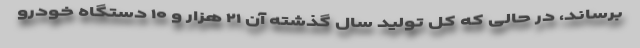
برساند، در حالی که کل تولید سال گذشته آن ۲۱ هزار و ۱۰ دستگاه خودرو